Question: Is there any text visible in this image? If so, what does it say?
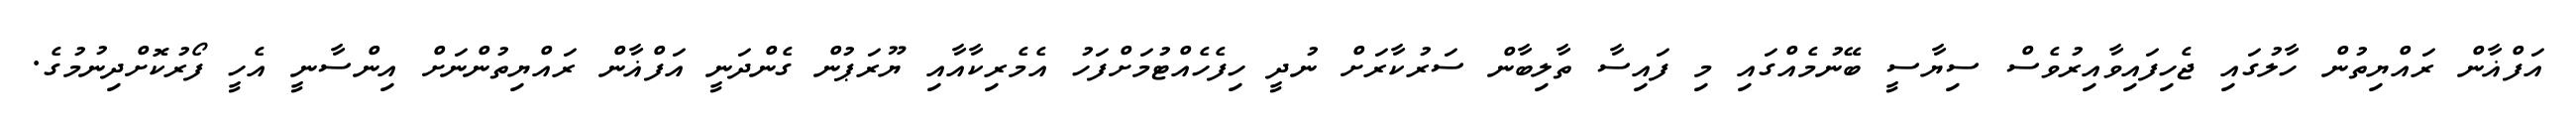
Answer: އަފްޣާން ރައްޔިތުން ހާލުގައި ޖެހިފައިވާއިރުވެސް ސިޔާސީ ބޭނުމެއްގައި މި ފައިސާ ތާލިބާން ސަރުކާރަށް ނުދީ ހިފެހެއްޓުމަށްފަހު އެމެރިކާއާއި ޔޫރަޕުން ގެންދަނީ އަފްޣާން ރައްޔިތުންނަށް އިންސާނީ އެހީ ފޯރުކޮށްދިނުމުގެ.